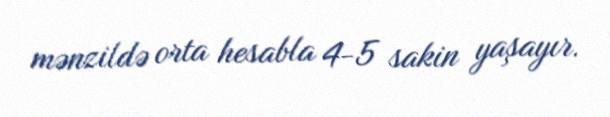
mənzildə orta hesabla 4-5 sakin yaşayır.